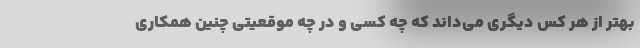
بهتر از هر کس دیگری می‌داند که چه کسی و در چه موقعیتی چنین همکاری